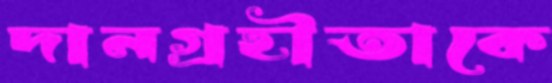
দানগ্রহীতাকে